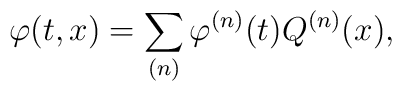
\varphi(t,x) = \sum_{(n)} \varphi^{(n)}(t)Q^{(n)}(x),